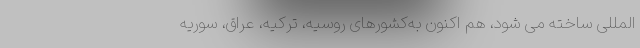
المللی ساخته می شود، هم اکنون به‌کشورهای روسیه، ترکیه، عراق، سوریه